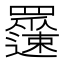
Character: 𲆉